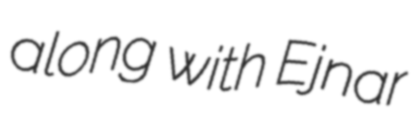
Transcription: along with Ejnar